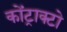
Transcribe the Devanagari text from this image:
कोंट्राक्टो